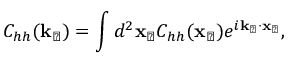
C _ { h h } ( \mathbf { k } _ { \perp } ) = \int d ^ { 2 } \mathbf { x } _ { \perp } C _ { h h } ( \mathbf { x } _ { \perp } ) e ^ { i \mathbf { k } _ { \perp } \cdot \mathbf { x } _ { \perp } } ,